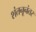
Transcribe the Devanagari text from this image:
शंतनूनंतर